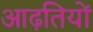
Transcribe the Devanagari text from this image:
आढ़तियों